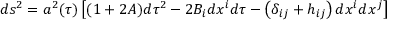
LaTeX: d s ^ { 2 } = a ^ { 2 } ( \tau ) \left[ ( 1 + 2 A ) d \tau ^ { 2 } - 2 B _ { i } d x ^ { i } d \tau - \left( \delta _ { i j } + h _ { i j } \right) d x ^ { i } d x ^ { j } \right]